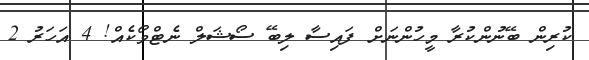
ކުރިން ބޭނުންކުރާ މީހުންނަށް ފައިސާ ލިބޭ ސޯޝަލް ނެޓްވޯކެއް! 4 އަހަރު 2